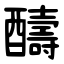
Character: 醻